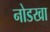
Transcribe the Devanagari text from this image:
नोडखा